DOW-UAP-D33, Mission Report, Greece, October 2023
Agency: Department of War
Incident date: 10/27/23
Incident location: Aegean Sea
Page 7
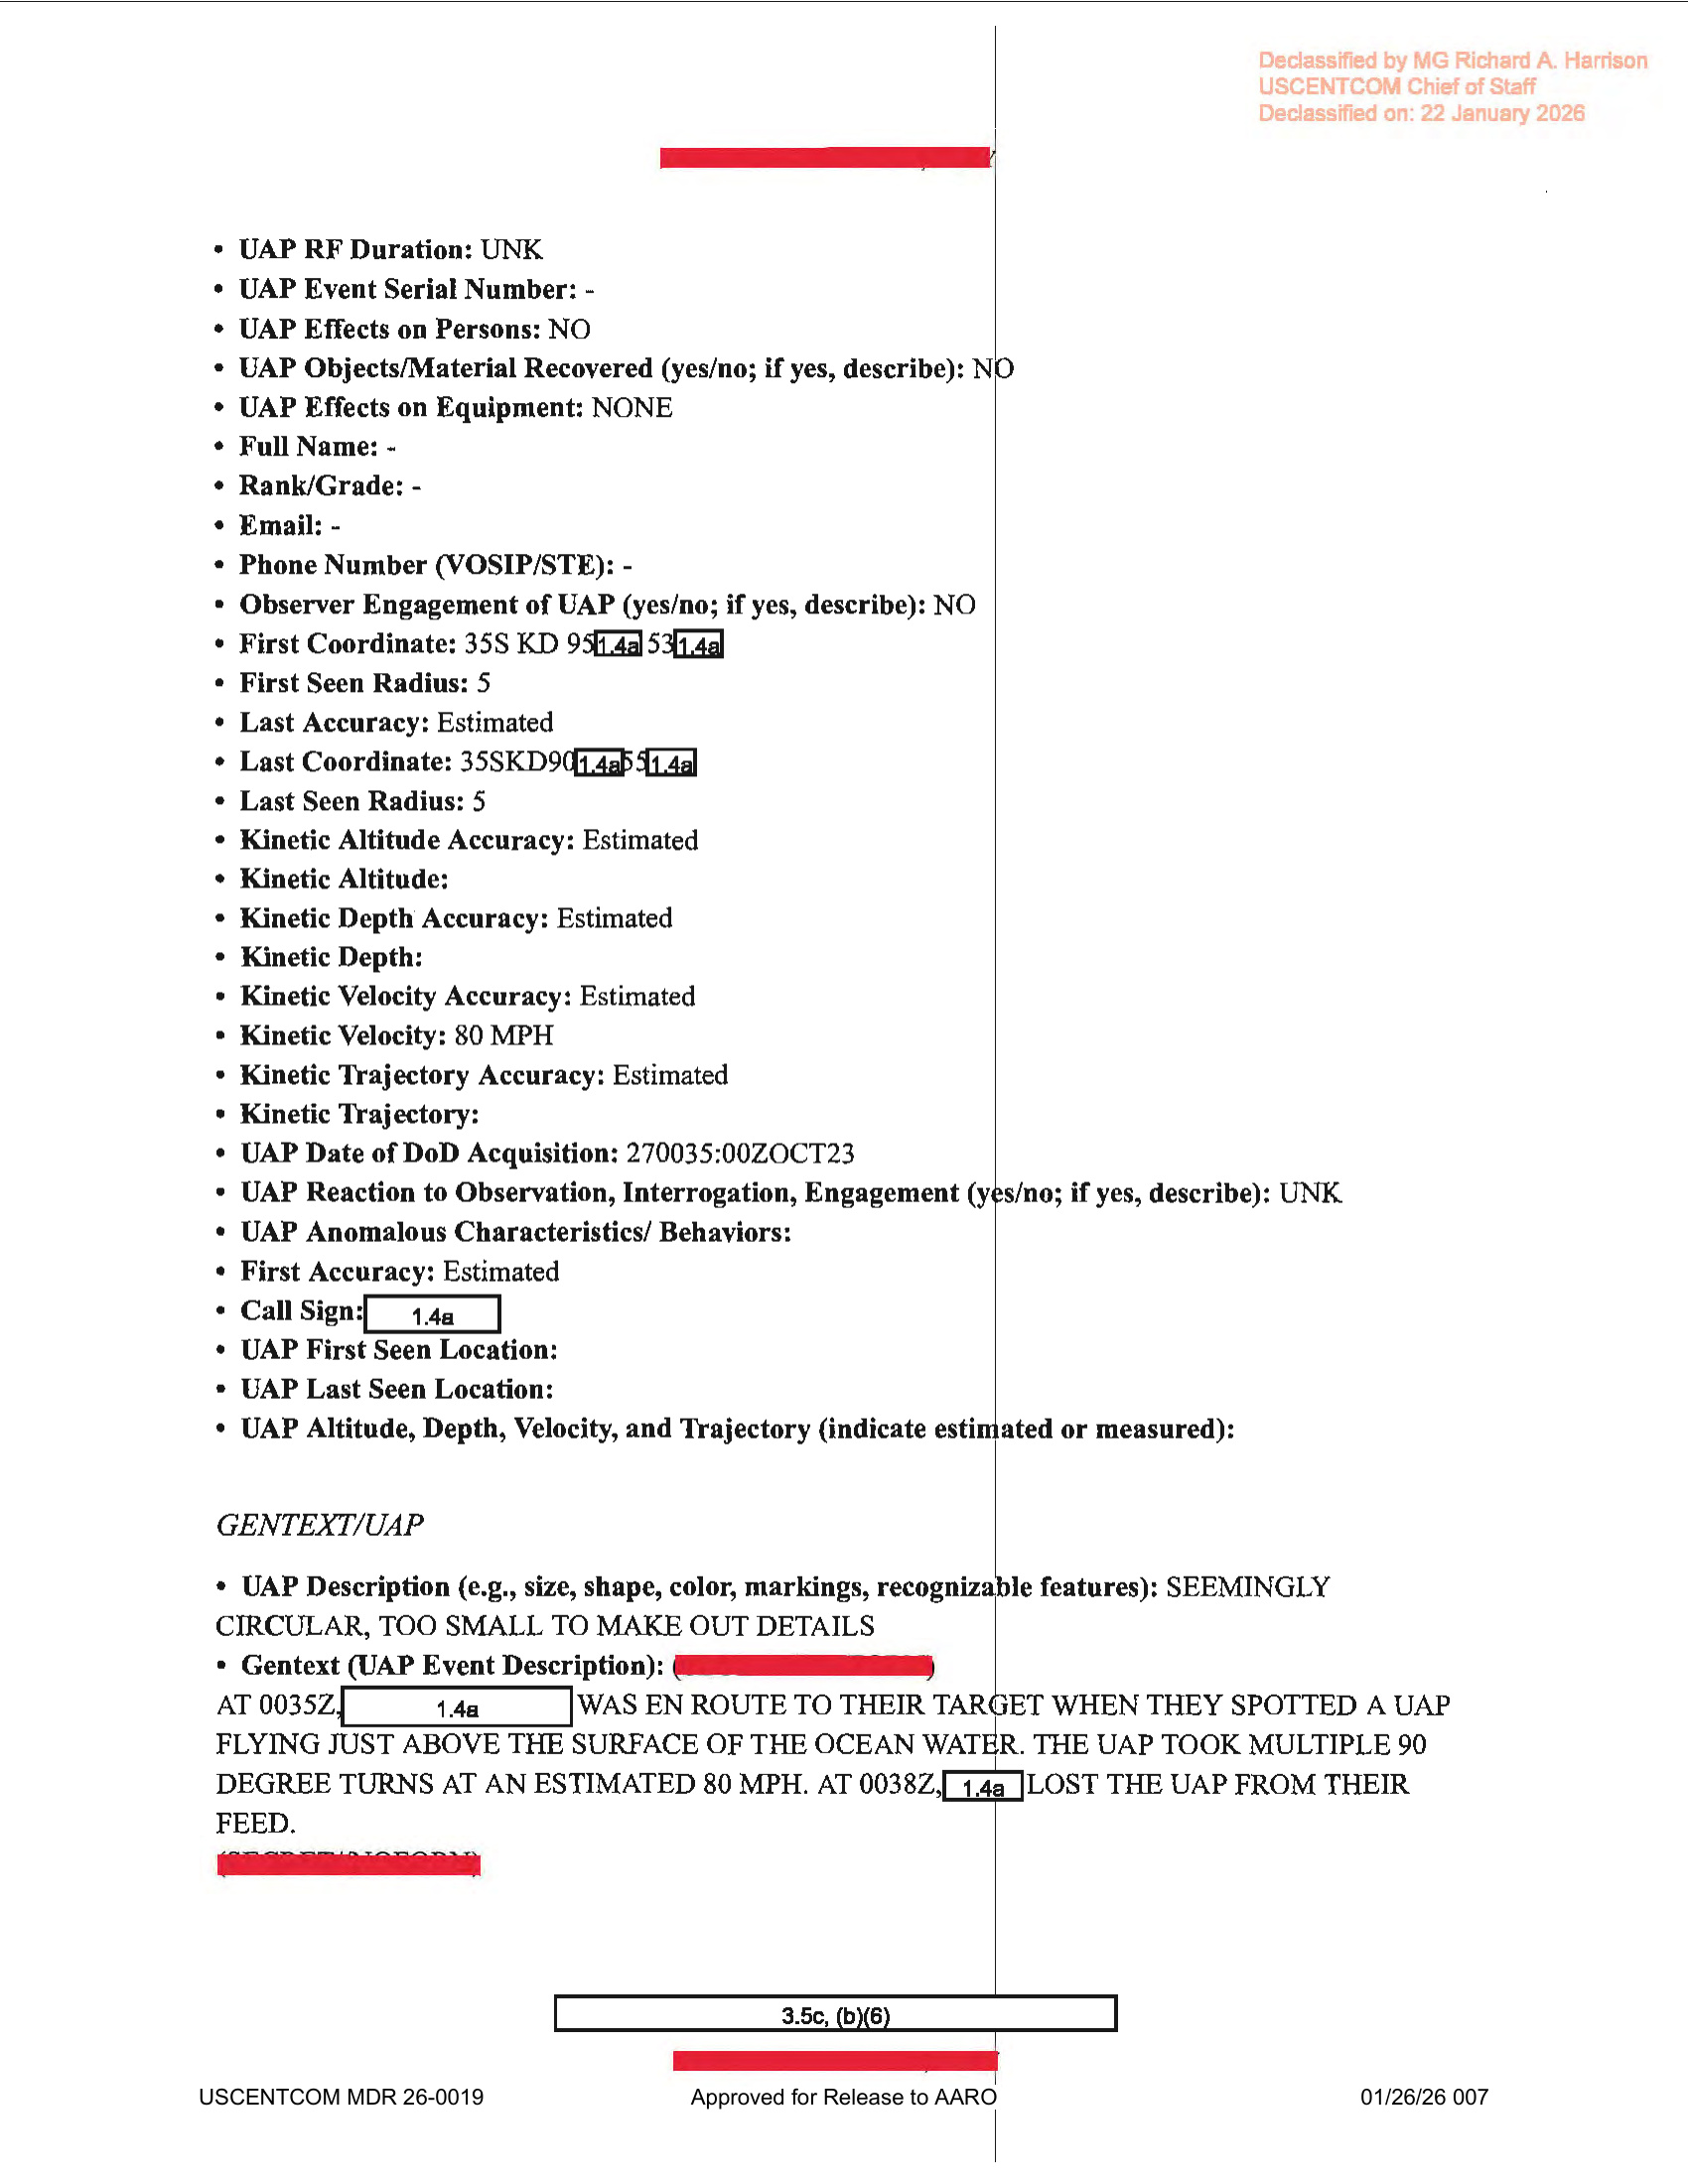